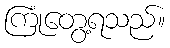
ကြုံတွေ့ရသည်။